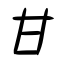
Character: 甘